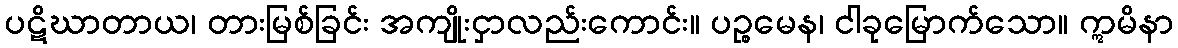
ပဋိဃာတာယ၊ တားမြစ်ခြင်း အကျိုးငှာလည်းကောင်း။ ပဉ္စမေန၊ ငါခုမြောက်သော။ ဣမိနာ